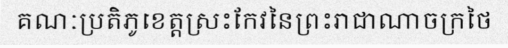
គណៈប្រតិភូខេត្តស្រះកែវនៃព្រះរាជាណាចក្រថៃ